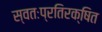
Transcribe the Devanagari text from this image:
स्वतःप्रतिरक्षित